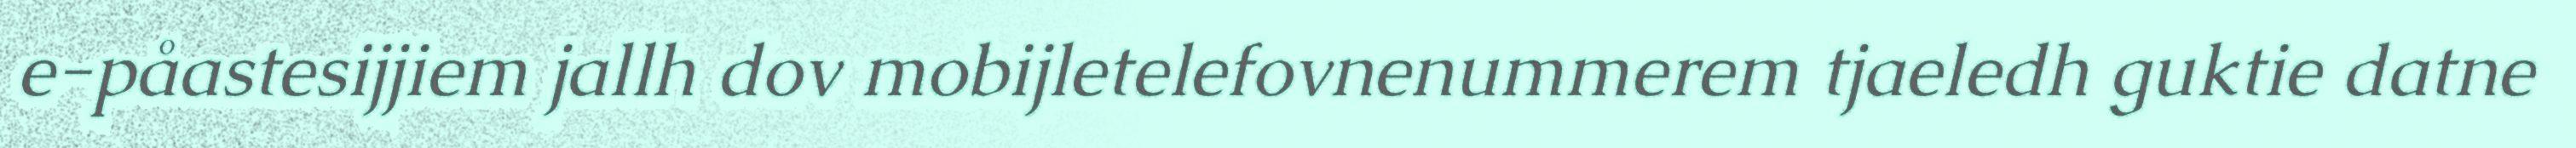
e-påastesijjiem jallh dov mobijletelefovnenummerem tjaeledh guktie datne